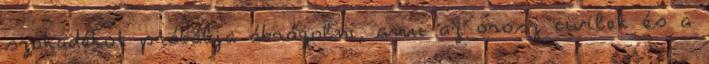
szakadékot próbálja ábrázolni, ami az orosz civilek és a